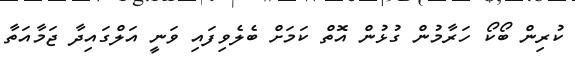
ކުރިން ބޯކޯ ހަރާމުން ގުޅުން އޮތް ކަމަށް ބެލެވިފައި ވަނީ އަލްގައިދާ ޖަމާއަތާ